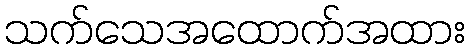
သက်သေအထောက်အထား